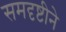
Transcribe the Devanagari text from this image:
समदृष्टीने